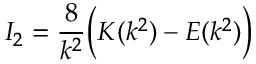
I _ { 2 } = \frac { 8 } { k ^ { 2 } } \bigg ( K ( k ^ { 2 } ) - E ( k ^ { 2 } ) \bigg )